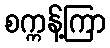
စက္ကန့်ကြာ